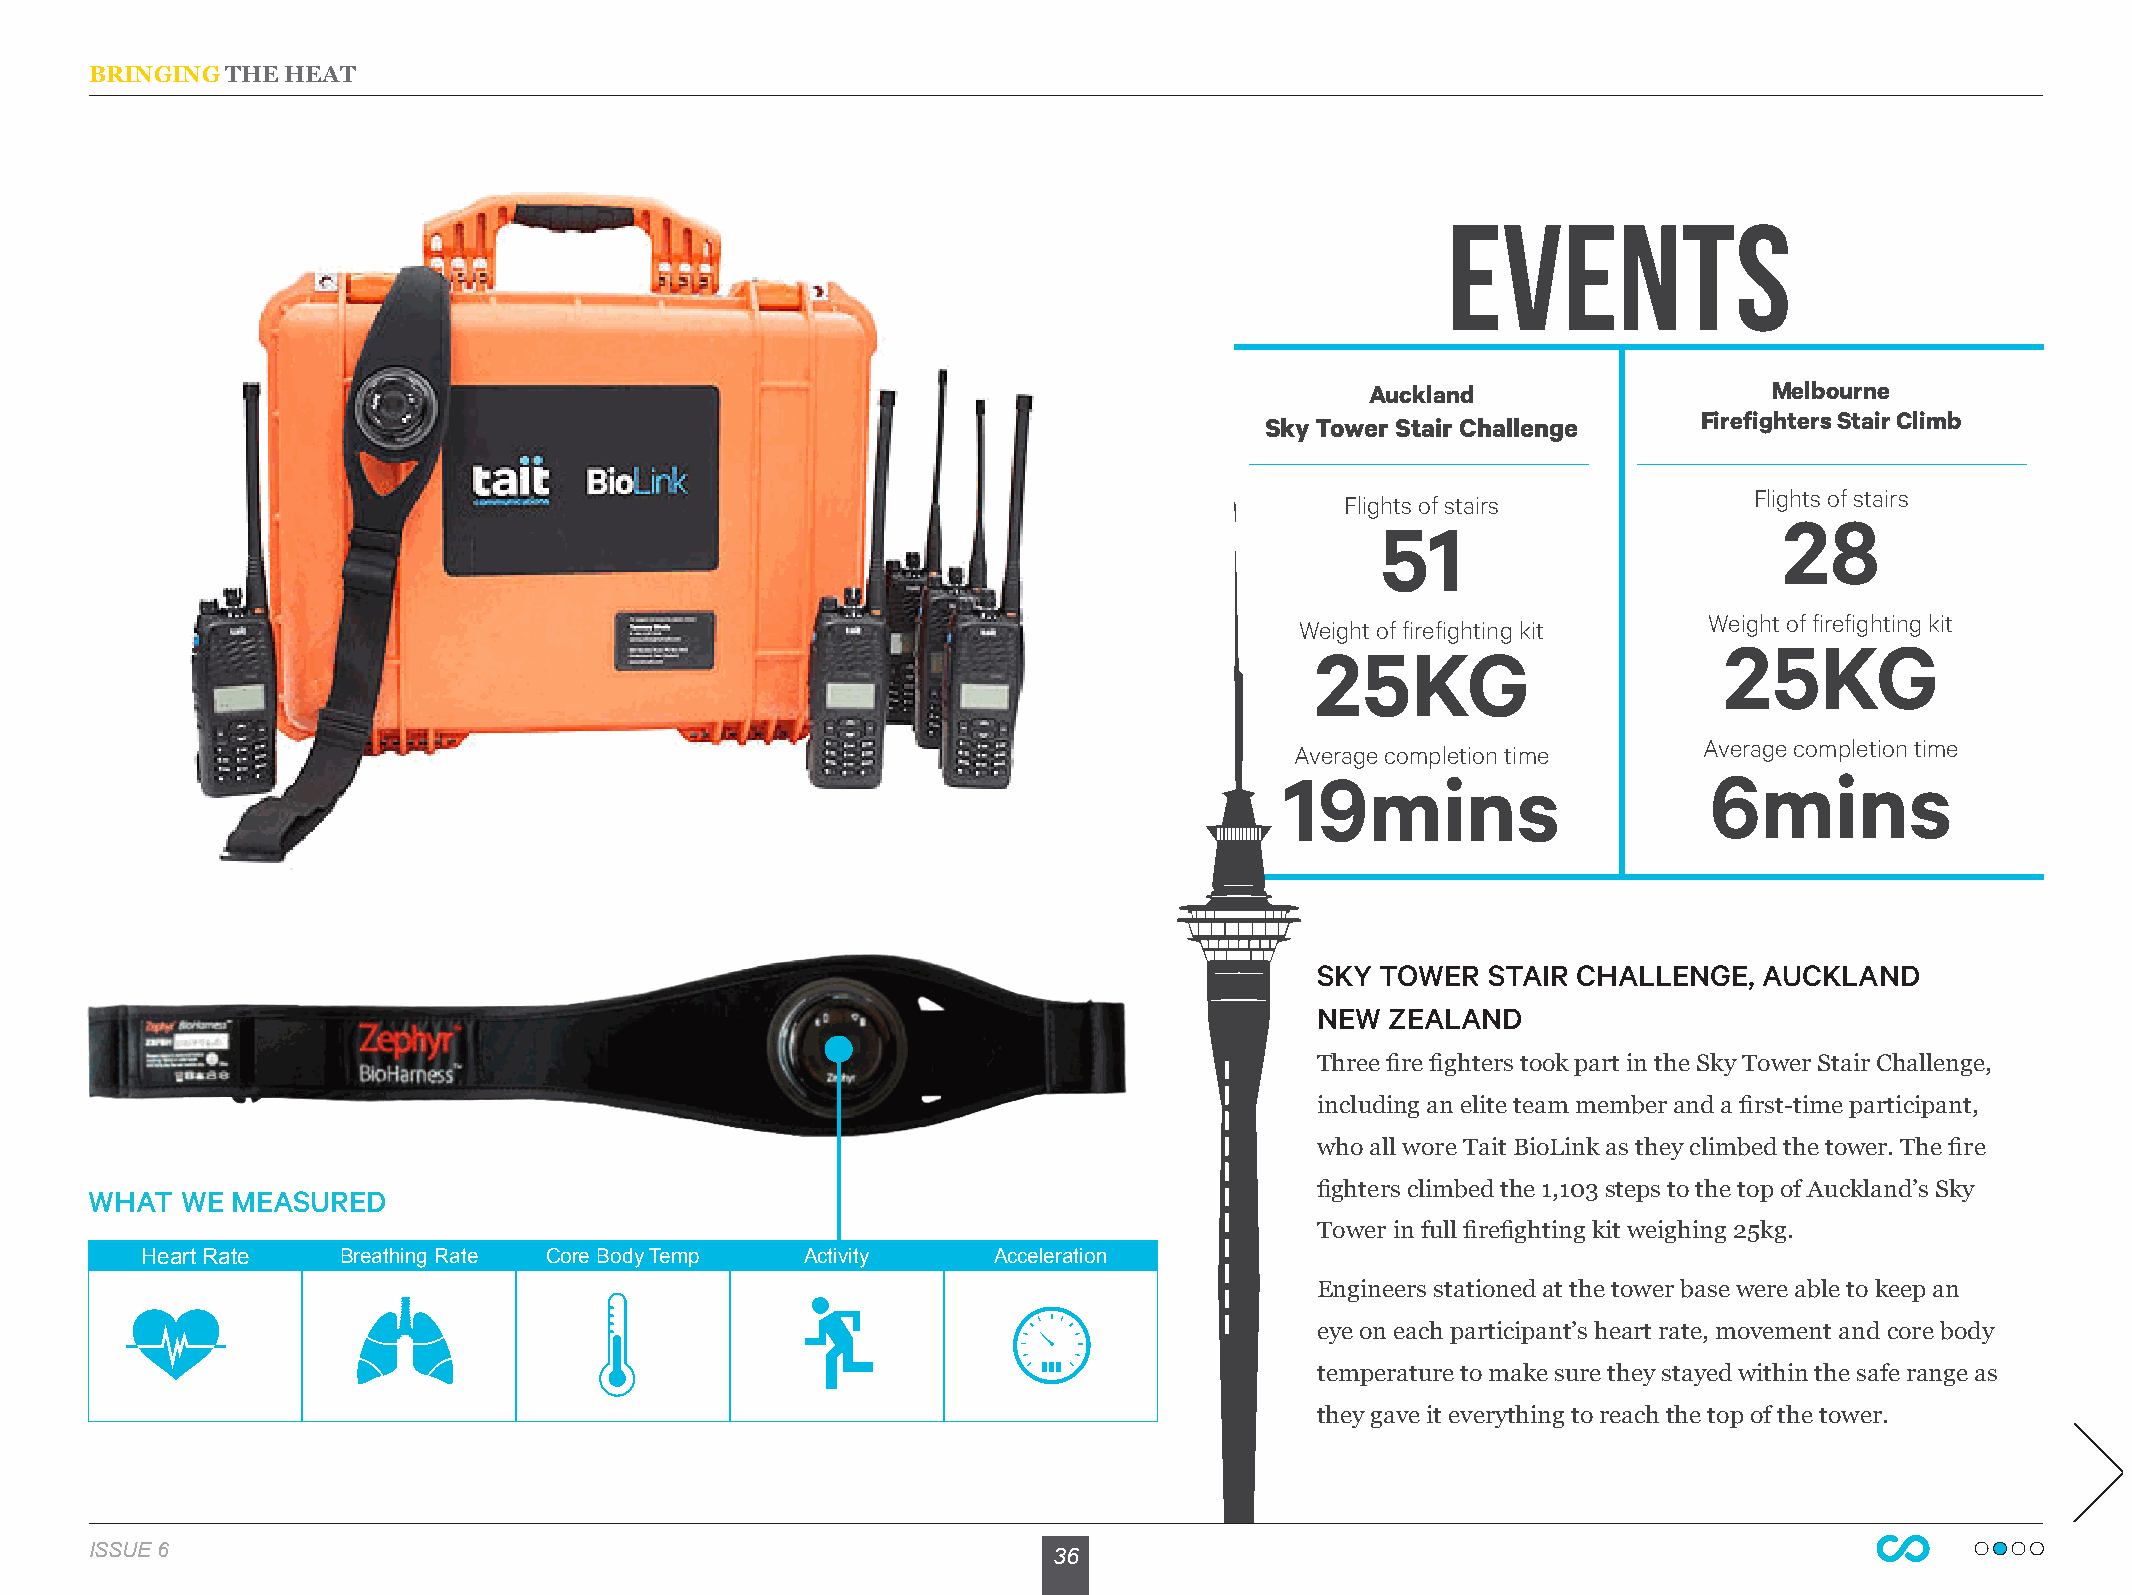
BRINGING THE HEAT
 EVENTS
 Auckland                  Melbourne
 Firefighters Stair Climb
 Sky Tower Stair Challenge
 Flights of stairs
 Flights of stairs
 28
 51
 Weight of firefighting kit
 Weight of firefighting kit
 25KG
 25KG
 Average completion time
 Average completion time
 19mins                      6mins
 SKY TOWER  STAIR CHALLENGE,   AUCKLAND
 NEW  ZEALAND
 Three fire fighters took part in the Sky Tower Stair Challenge,
 including an elite team member and a first-time participant,
 who all wore Tait BioLink as they climbed the tower. The fire
 WHAT  WE MEASURED                                                                fighters climbed the 1,103 steps to the top of Auckland’s Sky
 Tower in full firefighting kit weighing 25kg.
 Heart Rate    Breathing Rate Core Body Temp Activity     Acceleration
 Engineers stationed at the tower base were able to keep an
 eye on each participant’s heart rate, movement and core body
 temperature to make sure they stayed within the safe range as
 they gave it everything to reach the top of the tower.
 ISSUE 6                                                         36